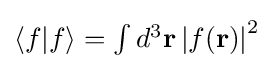
{\textstyle \langle f|f\rangle =\int d^{3}\mathbf {r} \left|f(\mathbf {r} )\right|^{2}}